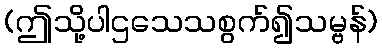
(ဤသို့ပါဌသေသစွက်၍သမ္ဗန်)